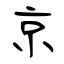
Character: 京